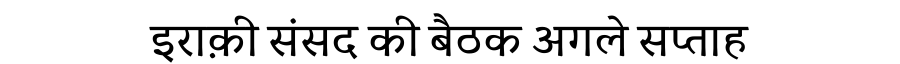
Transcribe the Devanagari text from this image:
इराक़ी संसद की बैठक अगले सप्ताह